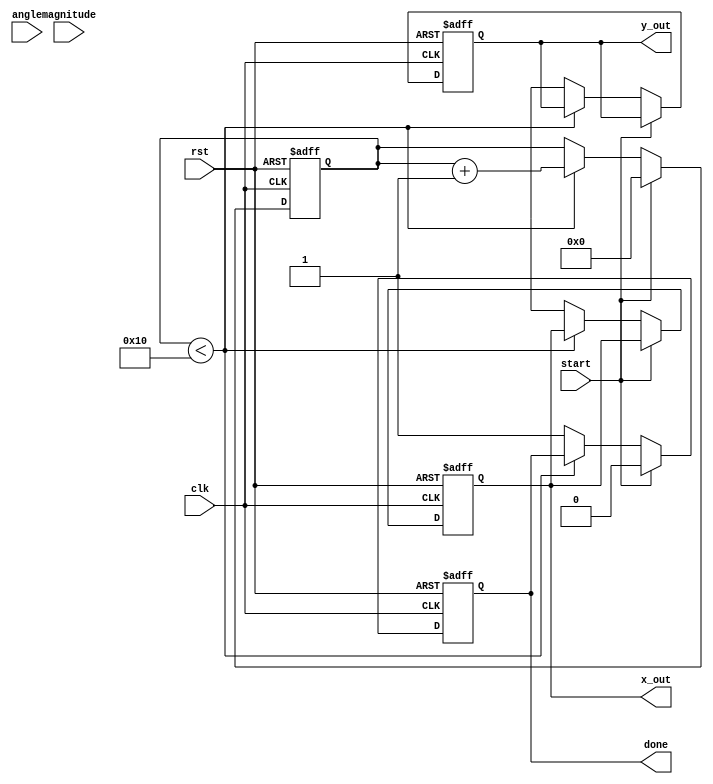
module cordic (
    input wire clk,
    input wire rst,
    input wire start,
    input wire [15:0] angle, // Input angle in fixed-point format
    input wire [15:0] magnitude, // Input magnitude for vector operations
    output reg [15:0] x_out, // Output x coordinate
    output reg [15:0] y_out, // Output y coordinate
    output reg done // Indicates completion of computation
);

    parameter NUM_ITERATIONS = 16; // Number of iterations for precision
    reg [15:0] x [0:NUM_ITERATIONS-1]; // X coordinates
    reg [15:0] y [0:NUM_ITERATIONS-1]; // Y coordinates
    reg [15:0] z [0:NUM_ITERATIONS-1]; // Angle values
    reg [3:0] iteration; // Current iteration count
    reg [15:0] arctan_table [0:NUM_ITERATIONS-1]; // Lookup table for arctan values

    // Initialize arctan lookup table
    initial begin
        arctan_table[0] = 16'h2000; // atan(1) = 0.7854 in fixed-point
        arctan_table[1] = 16'h1000; // atan(0.5) = 0.4636 in fixed-point
        arctan_table[2] = 16'h0800; // atan(0.25) = 0.2449 in fixed-point
        // ... Fill in the rest of the arctan values
    end

    // Control Logic
    always @(posedge clk or posedge rst) begin
        if (rst) begin
            iteration <= 0;
            x_out <= 0;
            y_out <= 0;
            done <= 0;
        end else if (start) begin
            // Initialize x and y
            x[0] <= magnitude; // Initial x is the magnitude
            y[0] <= 0; // Initial y is 0
            z[0] <= angle; // Load input angle
            iteration <= 0;
            done <= 0;
        end else if (iteration < NUM_ITERATIONS) begin
            // CORDIC Iteration
            if (z[iteration] < 0) begin
                // Rotate clockwise
                x[iteration + 1] <= x[iteration] + (y[iteration] >> iteration);
                y[iteration + 1] <= y[iteration] - (x[iteration] >> iteration);
                z[iteration + 1] <= z[iteration] + arctan_table[iteration];
            end else begin
                // Rotate counter-clockwise
                x[iteration + 1] <= x[iteration] - (y[iteration] >> iteration);
                y[iteration + 1] <= y[iteration] + (x[iteration] >> iteration);
                z[iteration + 1] <= z[iteration] - arctan_table[iteration];
            end
            iteration <= iteration + 1;
        end else begin
            // Output results
            x_out <= x[NUM_ITERATIONS];
            y_out <= y[NUM_ITERATIONS];
            done <= 1; // Indicate completion
        end
    end

endmodule